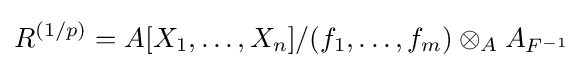
R^{(1/p)}=A[X_{1},\ldots ,X_{n}]/(f_{1},\ldots ,f_{m})\otimes _{A}A_{F^{-1}}